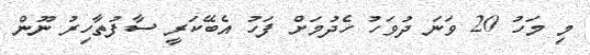
މި މަހު 20 ވަނަ ދުވަހު ހެދުމަށް ފަހު އެބޭކަރީ ސާފުތާހިރު ނޫން